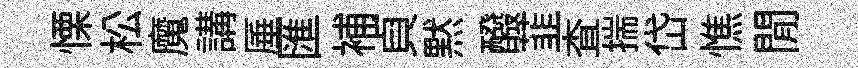
慄松魔講厜匯補貞黙醱韮查揣岱憔閒